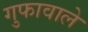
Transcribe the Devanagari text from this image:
गुफावाले